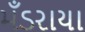
મઁડરાયા